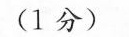
(1分)